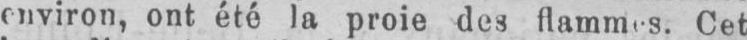
Cet